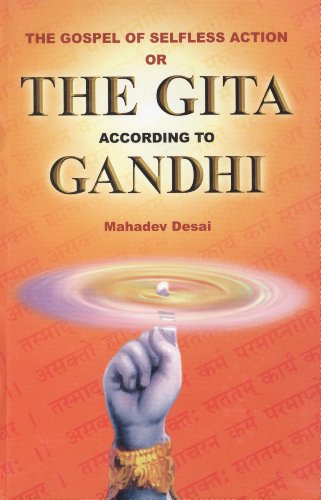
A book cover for The gospel of selfless action, or, The Gita according to Gandhi: Translation of the original in Gujarati, with an additional introduction and commentary; Mahadev Desai; Religion & Spirituality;